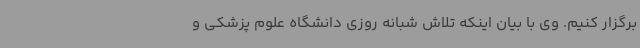
برگزار کنیم. وی با بیان اینکه تلاش شبانه روزی دانشگاه علوم پزشکی و